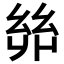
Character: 𢇇